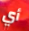
أي